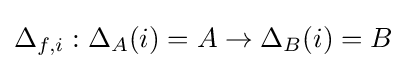
\Delta _{f,i}:\Delta _{A}(i)=A\to \Delta _{B}(i)=B